Annual administration report of the Civil Veterinary Department of India - 1898-1899
Year: 1898
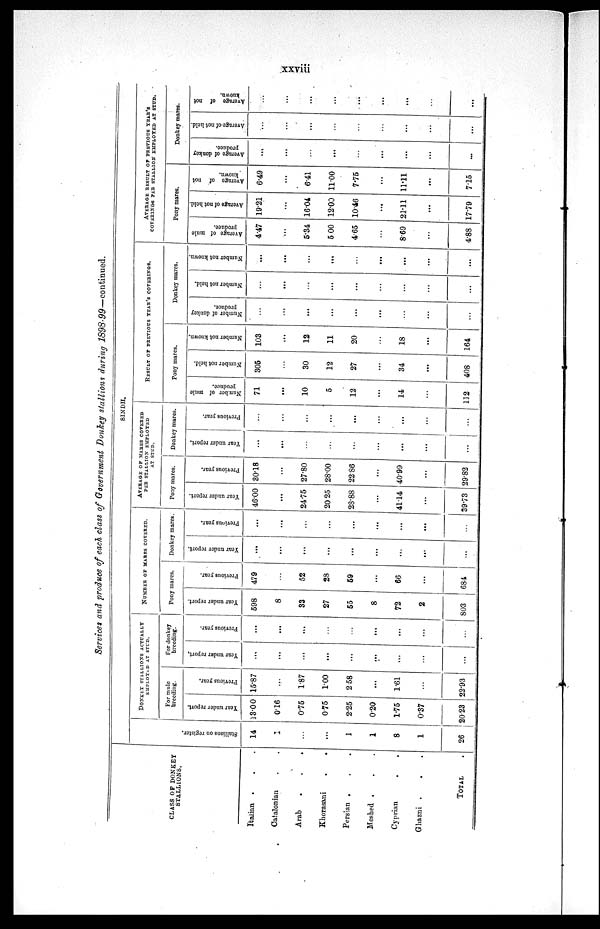
xxviii
Services and produce of each class of Government Donkey stallions during 1898-99—continued.
CLASS OF DONKEY
STALLIONS.
Italian . . . .
Catalonian . .
Arab
.
.
.
Khorasani
.
.
Persian . . .
Meshed . . .
Cyprian . .
Ghazni . . .
TOTAL .
SINDH.
Stallions on register
14
...
...
...
1
1
8
1
26
DONKEY STALLIONS ACTUALLY
EMPLOYED AT STUD.
For mule
breeding.
Year under report.
13.00
0.16
0.75
0.75
2.25
0.20
1.75
0.37
20.23
Previous year.
15.87
...
1.87
1.00
2.58
...
1.61
...
22.93
For donkey
breeding.
Year under report.
...
...
...
...
...
...
...
...
...
Previous year.
...
...
...
...
...
...
...
...
...
NUMBER
OF MARES COVERED.
Pony mares.
Year under report.
598
8
33
27
55
8
72
2
803
Previous year.
479
...
52
28
59
...
66
...
684
Donkey mares.
Year under report.
...
...
...
...
...
...
...
...
...
Previous year.
...
...
...
...
...
...
...
...
...
AVERAGE OF MARES COVERED
PEE STALLION EMPLOYED
AT STUD.
Pony mares.
Year under report.
46.00
...
24.75
20.25
28.88
...
41.14
...
39.73
Previous year.
30.18
...
27.80
28.00
22.86
...
40.99
...
29.82
Donkey mares.
Year under report.
...
...
...
...
...
...
...
...
...
Previous year.
...
...
...
...
...
...
...
...
...
RESULT OF PREVIOUS YEAR'S COVERINGS.
Pony mares.
Number of mule
produce.
71
...
10
5
12
...
14
...
112
Number not held.
305
...
30
12
27
...
34
...
408
Number not known.
103
...
12
11
20
...
18
...
164
Donkey mares.
Number of donkey
produce.
...
...
...
...
...
...
...
...
...
Number not held.
...
...
...
...
...
...
...
...
...
Number not known.
...
...
...
....
...
...
...
...
...
AVERAGE RESULT OF PREVIOUS YEAR'S
COVRINGS PER STALLION EMPLOYED AT STUD.
Pony mares.
Average of mule
produce.
4.47
...
5.34
5.00
4.65
...
8.69
...
4.88
Average of not held.
19.21
...
16.04
12.00
10.46
...
21.11
...
17.79
Average
of not
known.
6.49
...
6.41
11.00
7.75
...
11.11
...
7.15
Donkey mares.
Average
of donkey
produce
...
...
...
...
...
...
...
...
...
Average of not held.
...
...
...
...
...
...
...
...
...
Average
of not
known.
...
...
...
...
...
...
...
...
...